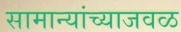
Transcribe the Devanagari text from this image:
सामान्यांच्याजवळ